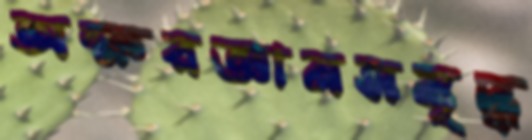
অক্ষরজ্ঞানসমৃদ্ধ